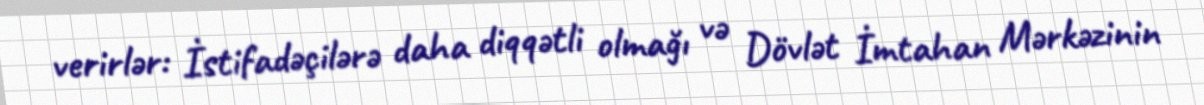
verirlər: İstifadəçilərə daha diqqətli olmağı və Dövlət İmtahan Mərkəzinin